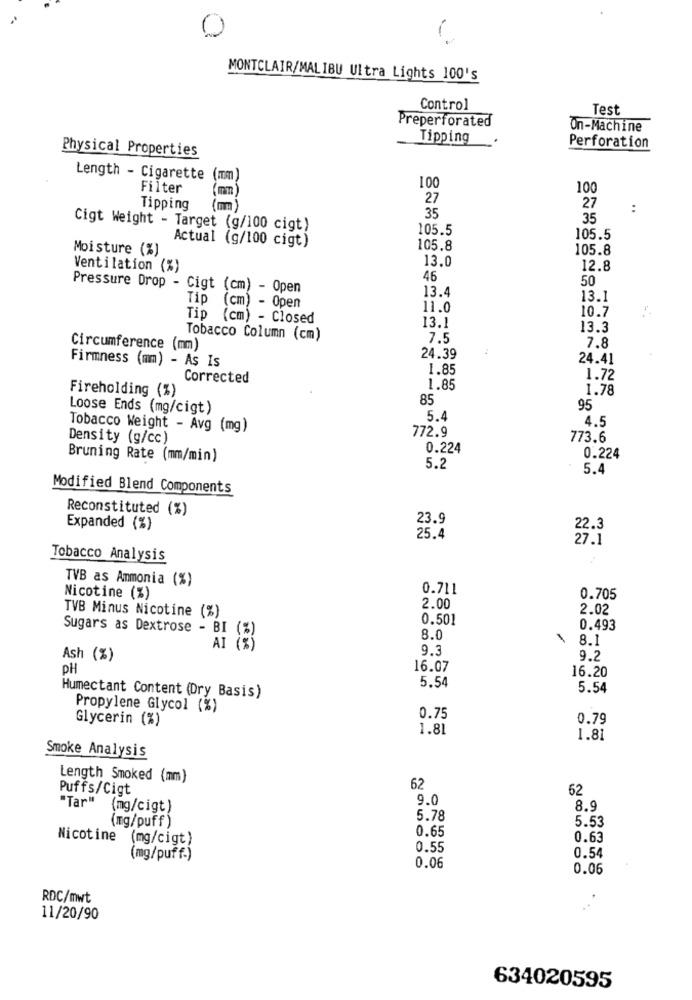
MONTCLAIR/MALIBU Ultra Lights 100's
Control
Test
Preperforated
On-Machine
Tipping
Physical Properties
Perforation
Length - Cigarette
(mm)
100
Filter
100
27
27
Tipping
35
:
35
Cigt Weight - Target (g/100 cigt)
105.5
Actual (g/100 cigt)
105.5
Moisture (%)
105.8
105.8
Ventilation (%)
13.0
12.8
46
50
Pressure Drop - Cigt (cm) - Open
13.4
Tip
13.1
(cm) - Open
11.0
10.7
Tip
(cm) - Closed
13.1
5558
13.3
Tobacco Column (cm)
7.5
Circumference (mm)
7.8
Firmness (mm) - As Is
24.39
24.41
1.85
Corrected
1.72
Fireholding (%)
1.85
1.78
85
Loose Ends (mg/cigt)
95
5.
4.5
Tobacco Weight - Avg (mg)
772.9
Density (g/cc)
773.6
0.224
Bruning Rate (mm/min)
0.224
5.2
5.4
Modified Blend Components
Reconstituted (%)
23.9
Expanded (%)
22.3
25.4
27.1
Tobacco Analysis
TVB as Ammonia (%)
0.711
Nicotine (%)
0.705
TVB Minus Nicotine (%)
2.00
2.02
0.501
Sugars as Dextrose - BI (%)
0.493
8.0
8.1
AI (%)
9.3
Ash (%)
9.2
DH
16.07
16.20
5.54
5.54
Humectant Content (Dry Basis)
Propylene Glycol (%)
Glycerin (%)
0.75
0.79
1.81
1.81
Smoke Analysis
Length Smoked (mm)
Puffs/Cigt
62
62
"Tar"
9.0
(mg/cigt)
8.9
5.78
5.53
(mg/puff )
0.65
Nicotine
(mg/cigt)
0.63
0.55
(mg/puff-)
0.54
0.06
0.06
RDC/mwt
.
11/20/90
634020595